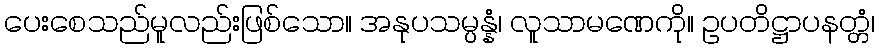
ပေးစေသည်မူလည်းဖြစ်သော။ အနုပသမ္ပန္နံ၊ လူသာမဏေကို။ ဥပတိဋ္ဌာပနတ္တံ၊